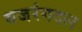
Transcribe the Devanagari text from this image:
बजरंगदल